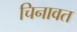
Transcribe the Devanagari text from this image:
चिनावत